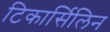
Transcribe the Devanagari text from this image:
टिकार्सिलिन